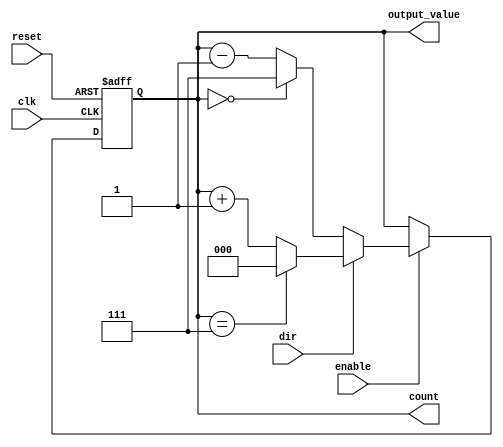
module SynchronousCounter #(
    parameter WIDTH = 3,  // Bit-width of the counter
    parameter MAX_COUNT = (1 << WIDTH) - 1
)(
    input wire clk,         // Clock input
    input wire reset,       // Asynchronous reset
    input wire enable,      // Enable counting
    input wire dir,         // Direction control (1: up, 0: down)
    output reg [WIDTH-1:0] count, // Current count value
    output reg [WIDTH-1:0] output_value // Output value (could be modified)
);

    // On asynchronous reset, set count to 0
    always @(posedge clk or posedge reset) begin
        if (reset) begin
            count <= 0;
        end else if (enable) begin
            // Count Up or Down based on direction
            if (dir) begin
                // Increment
                if (count == MAX_COUNT) begin
                    count <= 0; // Wrap around on overflow
                end else begin
                    count <= count + 1;
                end
            end else begin
                // Decrement
                if (count == 0) begin
                    count <= MAX_COUNT; // Wrap around on underflow
                end else begin
                    count <= count - 1;
                end
            end
        end
    end

    // Output Control Logic
    always @(*) begin
        // For this example, output_value can be directly driven from count
        // Add any additional logic for modifying the output based on count
        // For example, you may want to conditionally modify output_value
        output_value = count; // Simple assignment, can be changed for more logic
    end

endmodule